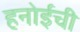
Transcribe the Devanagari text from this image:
हनोईची